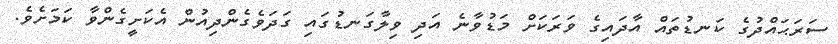
ސަރަޙައްދުގެ ކަނޑުތައް އާދައިގެ ވަރަކަށް މަޑުވާނެ އަދި ވިލާގަނޑުގައި ގަދަވެގެންދިއުން އެކަށީގެންވާ ކަަމަށެވެ.